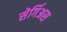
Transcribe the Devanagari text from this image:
सेर्गिअस